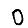
Digit: 0